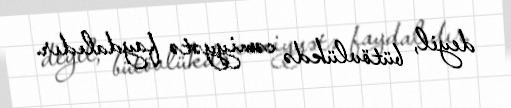
deyil, bütövlükdə cəmiyyətə faydalıdır.